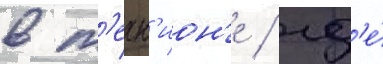
в т'ехн'ион'е / гд'е́